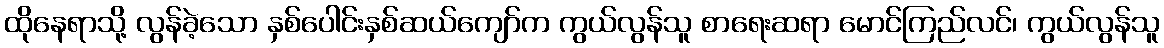
ထိုနေရာသို့ လွန်ခဲ့သော နှစ်ပေါင်းနှစ်ဆယ်ကျော်က ကွယ်လွန်သူ စာရေးဆရာ မောင်ကြည်လင်၊ ကွယ်လွန်သူ